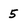
Character: 5